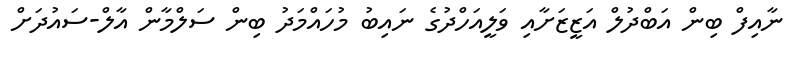
ނާއިފް ބިން އަބްދުލް އަޒީޒަށާއި ވަލީއަހްދުގެ ނައިބު މުހައްމަދު ބިން ސަލްމާން އާލް-ސައުދަށް